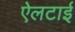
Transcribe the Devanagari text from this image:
ऐलटाई